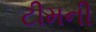
ટીમની